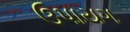
ઉપાયગ